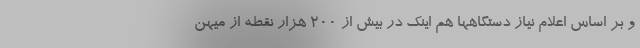
و بر اساس اعلام نیاز دستگاهها هم اینک در بیش از ۲۰۰ هزار نقطه از میهن